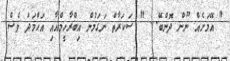
" އޭމަށެއް ނޫން ދޮންބޭ... " ސަކަރާތް ނަގަމުން އިބްރާހީމްއާއި އަޙްމަދު ވެސް